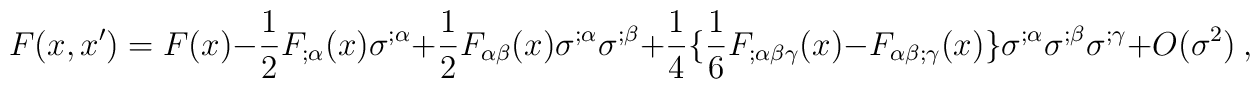
F(x,x')=F(x)-\frac{1}{2}F_{;\alpha}(x) \sigma^{;\alpha}+\frac{1}{2}F_{\alpha \beta}(x) \sigma^{;\alpha} \sigma^{;\beta}+\frac{1}{4}\{\frac{1}{6}F_{;\alpha\beta\gamma}(x)-F_{\alpha\beta;\gamma}(x)\}\sigma^{;\alpha}\sigma^{;\beta}\sigma^{;\gamma}+O(\sigma^{2})~,